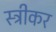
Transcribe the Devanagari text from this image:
स्ट्रीकर